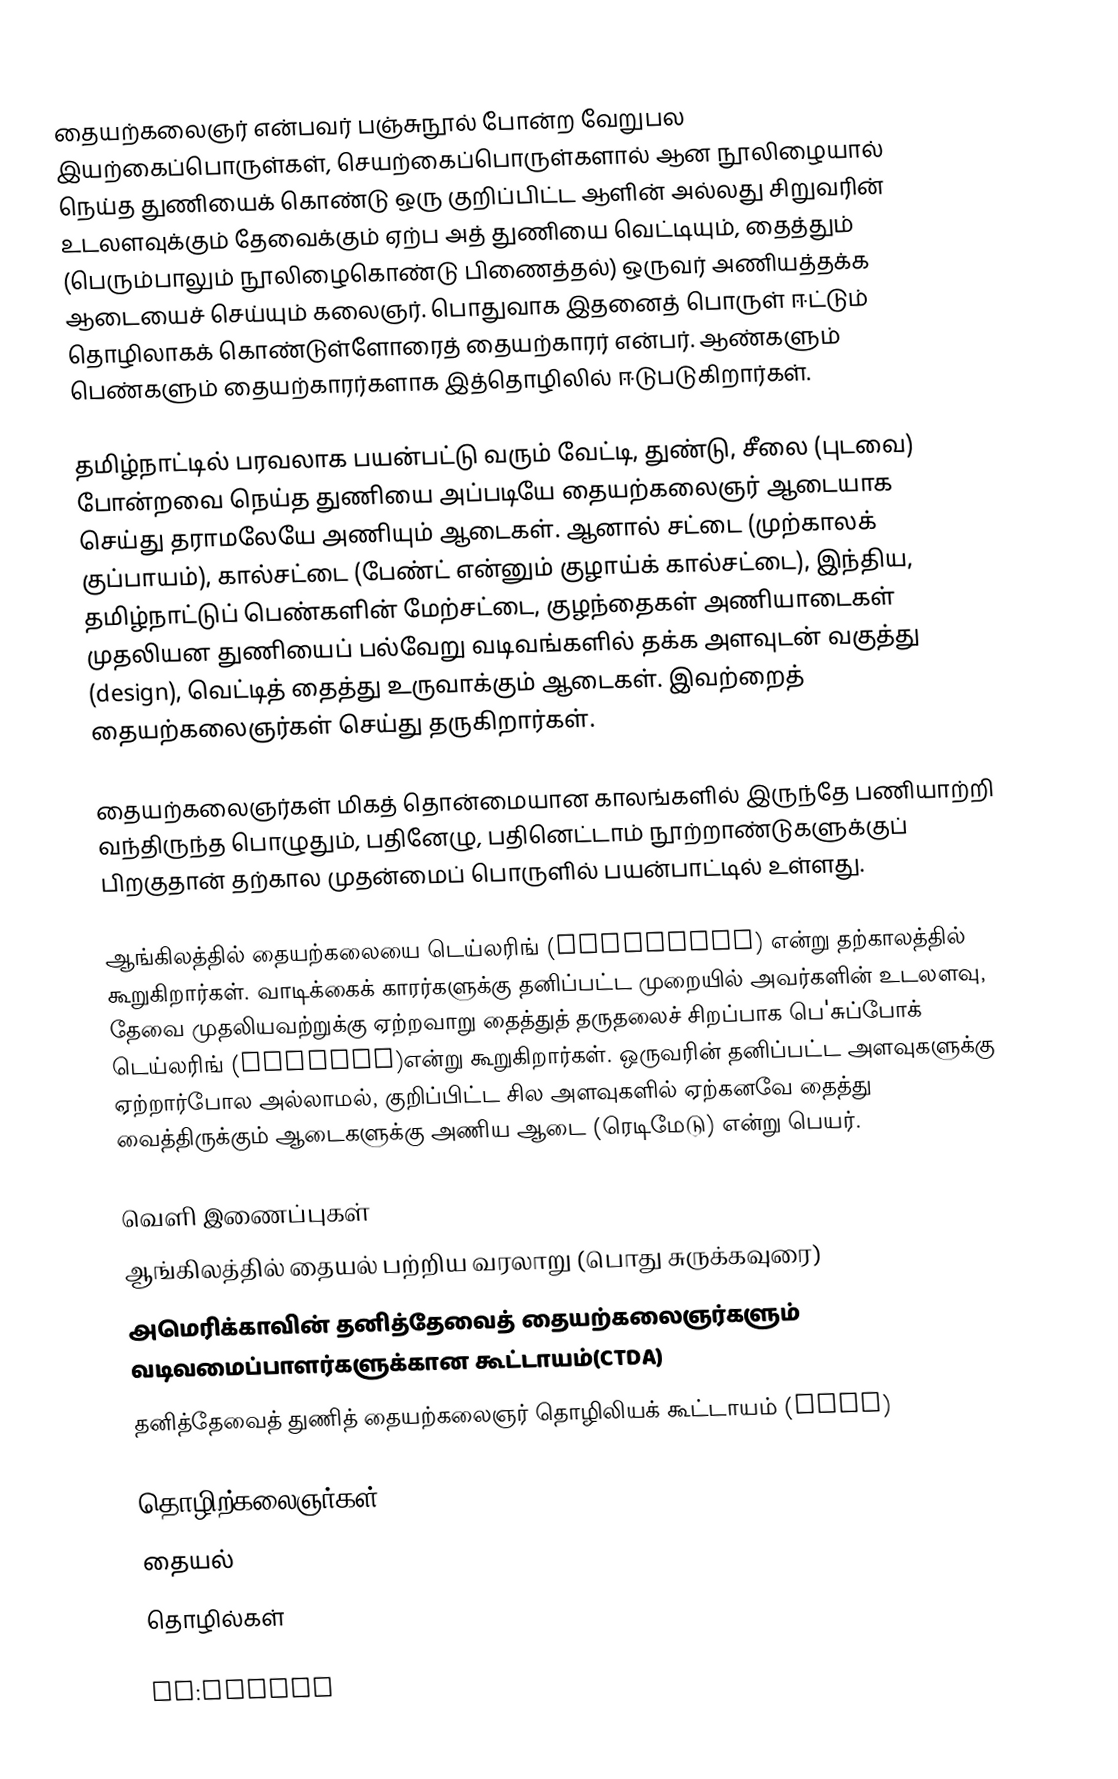
தையற்கலைஞர் என்பவர் பஞ்சுநூல் போன்ற வேறுபல இயற்கைப்பொருள்கள், செயற்கைப்பொருள்களால் ஆன நூலிழையால் நெய்த துணியைக் கொண்டு ஒரு குறிப்பிட்ட ஆளின் அல்லது சிறுவரின் உடலளவுக்கும் தேவைக்கும் ஏற்ப அத் துணியை வெட்டியும், தைத்தும் (பெரும்பாலும் நூலிழைகொண்டு பிணைத்தல்) ஒருவர் அணியத்தக்க ஆடையைச் செய்யும் கலைஞர். பொதுவாக இதனைத் பொருள் ஈட்டும் தொழிலாகக் கொண்டுள்ளோரைத் தையற்காரர் என்பர். ஆண்களும் பெண்களும் தையற்காரர்களாக இத்தொழிலில் ஈடுபடுகிறார்கள்.

தமிழ்நாட்டில் பரவலாக பயன்பட்டு வரும் வேட்டி, துண்டு, சீலை (புடவை) போன்றவை நெய்த துணியை அப்படியே தையற்கலைஞர் ஆடையாக செய்து தராமலேயே அணியும் ஆடைகள். ஆனால் சட்டை (முற்காலக் குப்பாயம்), கால்சட்டை (பேண்ட் என்னும் குழாய்க் கால்சட்டை), இந்திய, தமிழ்நாட்டுப் பெண்களின் மேற்சட்டை, குழந்தைகள் அணியாடைகள் முதலியன துணியைப் பல்வேறு வடிவங்களில் தக்க அளவுடன் வகுத்து (design), வெட்டித் தைத்து உருவாக்கும் ஆடைகள். இவற்றைத் தையற்கலைஞர்கள் செய்து தருகிறார்கள்.

தையற்கலைஞர்கள் மிகத் தொன்மையான காலங்களில் இருந்தே பணியாற்றி வந்திருந்த பொழுதும், பதினேழு, பதினெட்டாம் நூற்றாண்டுகளுக்குப் பிறகுதான் தற்கால முதன்மைப் பொருளில் பயன்பாட்டில் உள்ளது.

ஆங்கிலத்தில் தையற்கலையை டெய்லரிங் (tailoring) என்று தற்காலத்தில் கூறுகிறார்கள். வாடிக்கைக் காரர்களுக்கு தனிப்பட்ட முறையில் அவர்களின் உடலளவு, தேவை முதலியவற்றுக்கு ஏற்றவாறு தைத்துத் தருதலைச் சிறப்பாக பெ'சுப்போக் டெய்லரிங் (bespoke)என்று கூறுகிறார்கள். ஒருவரின் தனிப்பட்ட அளவுகளுக்கு ஏற்றார்போல அல்லாமல், குறிப்பிட்ட சில அளவுகளில் ஏற்கனவே தைத்து வைத்திருக்கும் ஆடைகளுக்கு அணிய ஆடை (ரெடிமேடு) என்று பெயர்.

வெளி இணைப்புகள்
 ஆங்கிலத்தில் தையல் பற்றிய வரலாறு (பொது சுருக்கவுரை)
 அமெரிக்காவின் தனித்தேவைத் தையற்கலைஞர்களும் வடிவமைப்பாளர்களுக்கான கூட்டாயம்(CTDA)
 தனித்தேவைத் துணித் தையற்கலைஞர் தொழிலியக் கூட்டாயம் (PACC)

தொழிற்கலைஞர்கள்
தையல்
தொழில்கள்

es:Sastre